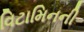
વિટામિનની